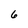
Character: 6